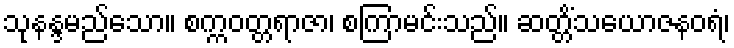
သုနန္ဒမည်သော။ စက္ကဝတ္တရာဇာ၊ စကြာမင်းသည်။ ဆတ္တိံသယောဇနဝရံ၊